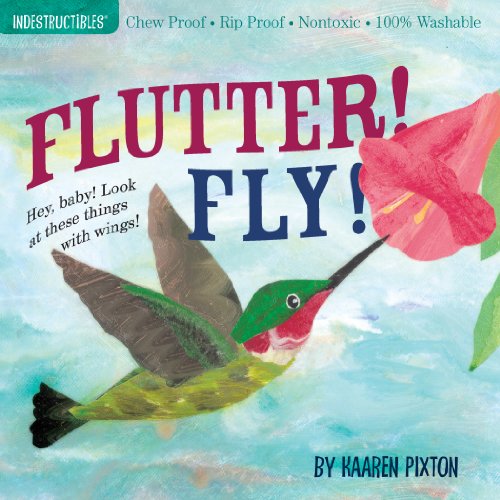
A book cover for Flutter! Fly! (Indestructibles); Kaaren Pixton; Children's Books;